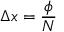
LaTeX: \Delta x = { \frac { \phi } { N } }